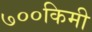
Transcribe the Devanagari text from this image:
७००किमी